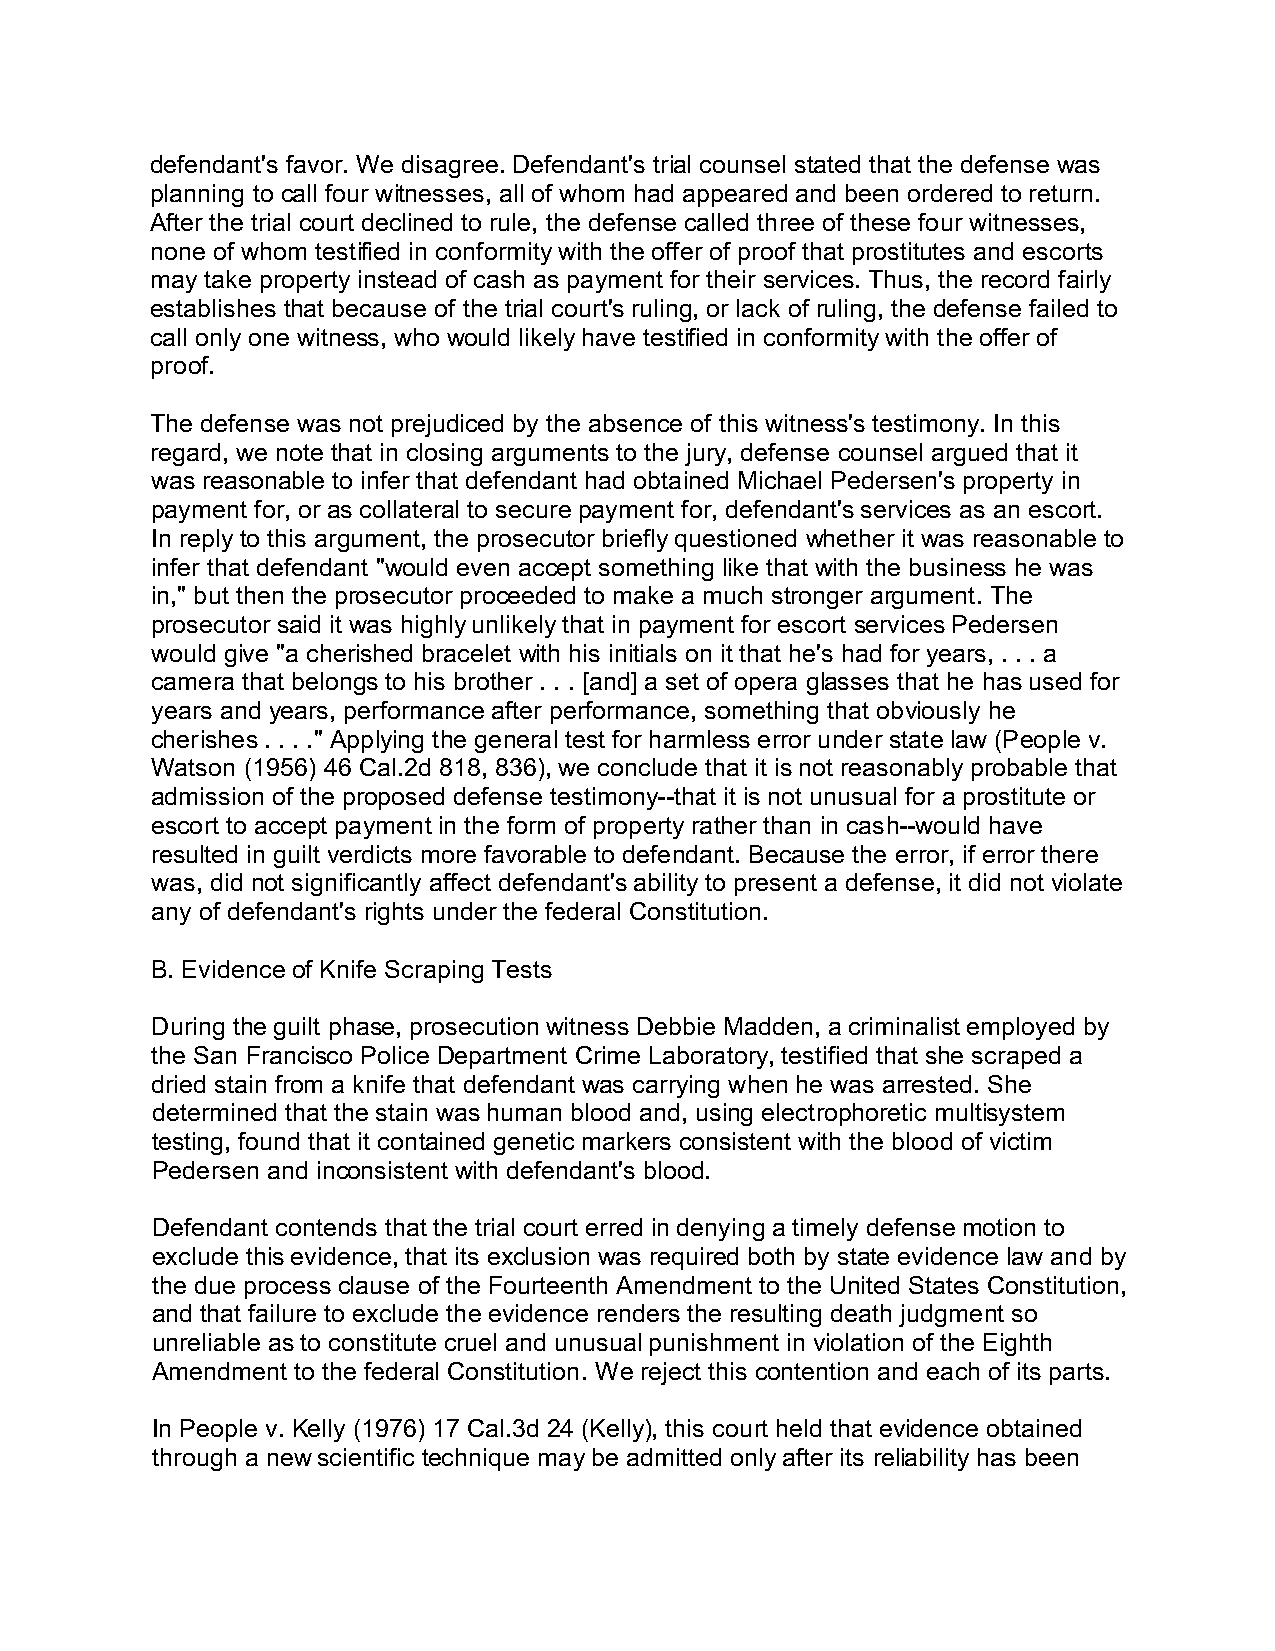
defendant's favor. We disagree. Defendant's trial counsel stated that the defense was
 planning to call four witnesses, all of whom had appeared and been ordered to return.
 After the trial court declined to rule, the defense called three of these four witnesses,
 none of whom testified in conformity with the offer of proof that prostitutes and escorts
 may take property instead of cash as payment for their services. Thus, the record fairly
 establishes that because of the trial court's ruling, or lack of ruling, the defense failed to
 call only one witness, who would likely have testified in conformity with the offer of
 proof.
 The defense was not prejudiced by the absence of this witness's testimony. In this
 regard, we note that in closing arguments to the jury, defense counsel argued that it
 was reasonable to infer that defendant had obtained Michael Pedersen's property in
 payment for, or as collateral to secure payment for, defendant's services as an escort.
 In reply to this argument, the prosecutor briefly questioned whether it was reasonable to
 infer that defendant "would even accept something like that with the business he was
 in," but then the prosecutor proceeded to make a much stronger argument. The
 prosecutor said it was highly unlikely that in payment for escort services Pedersen
 would give "a cherished bracelet with his initials on it that he's had for years, . . . a
 camera that belongs to his brother . . . [and] a set of opera glasses that he has used for
 years and years, performance after performance, something that obviously he
 cherishes . . . ." Applying the general test for harmless error under state law (People v.
 Watson (1956) 46 Cal.2d 818, 836), we conclude that it is not reasonably probable that
 admission of the proposed defense testimony--that it is not unusual for a prostitute or
 escort to accept payment in the form of property rather than in cash--would have
 resulted in guilt verdicts more favorable to defendant. Because the error, if error there
 was, did not significantly affect defendant's ability to present a defense, it did not violate
 any of defendant's rights under the federal Constitution.
 B. Evidence of Knife Scraping Tests
 During the guilt phase, prosecution witness Debbie Madden, a criminalist employed by
 the San Francisco Police Department Crime Laboratory, testified that she scraped a
 dried stain from a knife that defendant was carrying when he was arrested. She
 determined that the stain was human blood and, using electrophoretic multisystem
 testing, found that it contained genetic markers consistent with the blood of victim
 Pedersen and inconsistent with defendant's blood.
 Defendant contends that the trial court erred in denying a timely defense motion to
 exclude this evidence, that its exclusion was required both by state evidence law and by
 the due process clause of the Fourteenth Amendment to the United States Constitution,
 and that failure to exclude the evidence renders the resulting death judgment so
 unreliable as to constitute cruel and unusual punishment in violation of the Eighth
 Amendment to the federal Constitution. We reject this contention and each of its parts.
 In People v. Kelly (1976) 17 Cal.3d 24 (Kelly), this court held that evidence obtained
 through a new scientific technique may be admitted only after its reliability has been